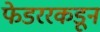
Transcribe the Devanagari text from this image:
फेडररकडून